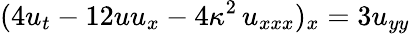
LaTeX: (4u_{t}-12uu_{x}-4\kappa^{2}\, u_{xxx})_{x}=3u_{yy}